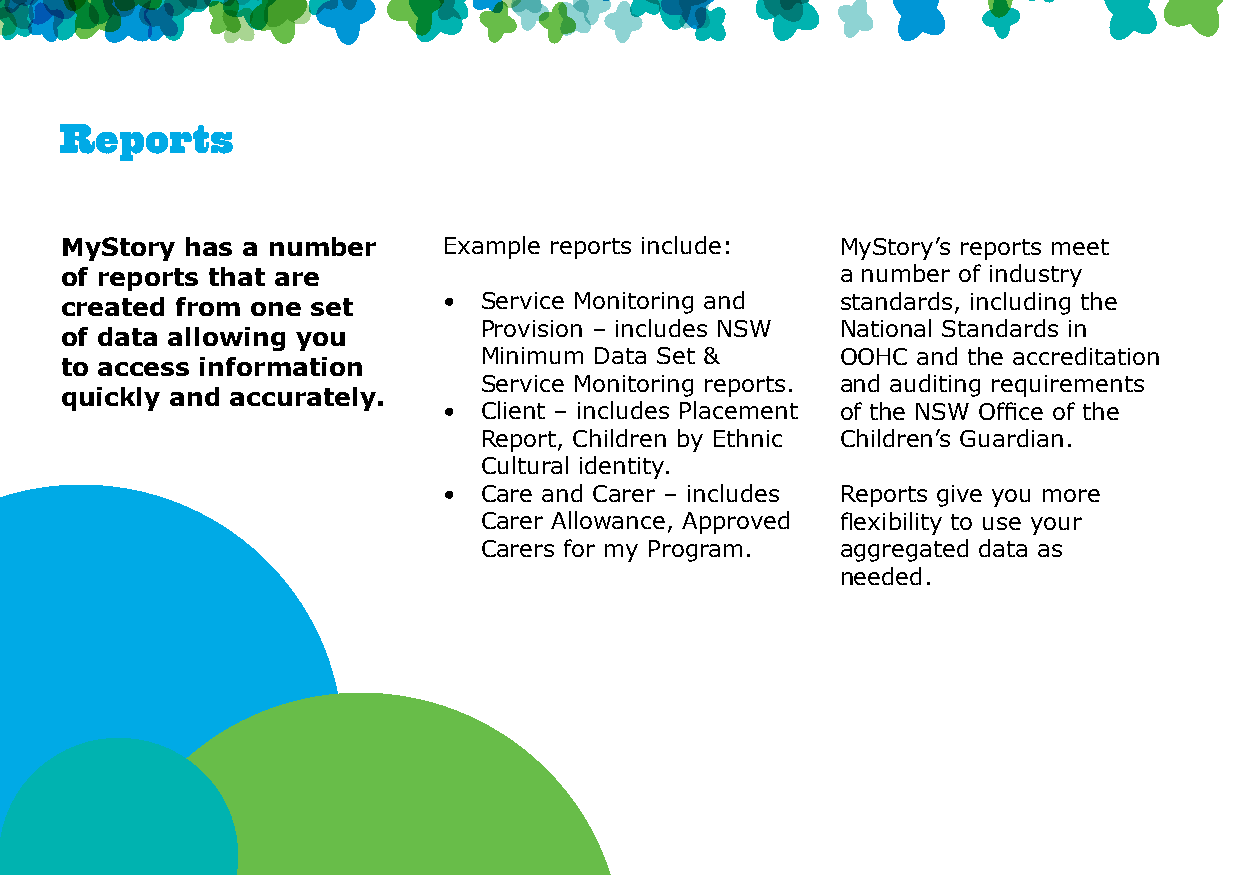
Reports
 MyStory has a number     Example reports include:   MyStory’s reports meet
 of reports that are                                 a number of industry
 created from one set     •  Service Monitoring and  standards, including the
 Provision – includes NSW National Standards in
 of data allowing you
 Minimum Data Set &      OOHC and the accreditation
 to access information
 Service Monitoring reports. and auditing requirements
 quickly and accurately.
 •  Client – includes Placement of the NSW Office of the
 Report, Children by Ethnic Children’s Guardian.
 Cultural identity.
 •  Care and Carer – includes Reports give you more
 Carer Allowance, Approved flexibility to use your
 Carers for my Program.  aggregated data as
 needed.